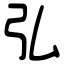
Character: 弘